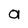
Character: a